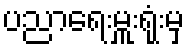
ပညာရေးမှူးရုံးမှ